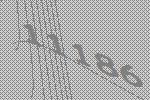
11186